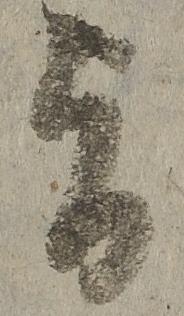
旨